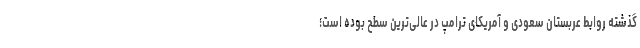
گذشته روابط عربستان سعودی و آمریکای ترامپ در عالی‌ترین سطح بوده است؛